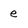
Character: e